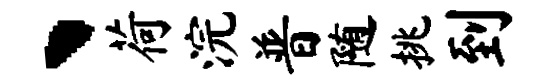
、荷浣普随挑到